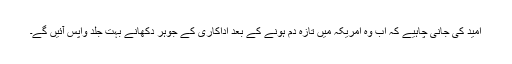
امید کی جانی چاہیے کہ اب وہ امریکہ میں تازہ دم ہونے کے بعد اداکاری کے جوہر دکھانے بہت جلد واپس آئیں گے۔